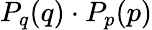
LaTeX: P_{q}(q)\cdot P_{p}(p)